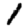
Digit: 1